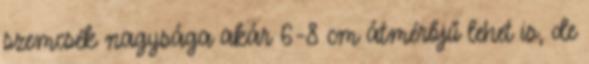
szemcsék nagysága akár 6-8 cm átmérőjű lehet is, de